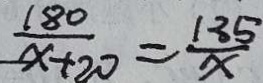
\frac { 1 8 0 } { x + 2 0 } = \frac { 1 3 5 } { x }